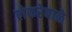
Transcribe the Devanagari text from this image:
लेकरेबाळे